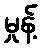
မှုန့်